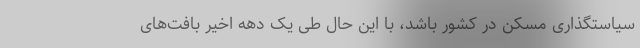
سیاستگذاری مسکن در کشور باشد، با این‌ حال طی یک دهه اخیر بافت‌های